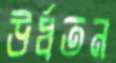
উর্ধতন